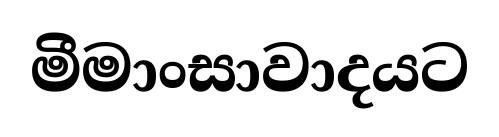
මීමාංසාවාදයට